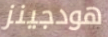
هودجينز